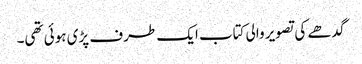
گدھے کی تصویر والی کتاب ایک طرف پڑی ہوئی تھی۔